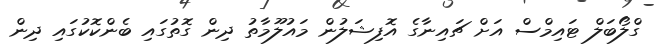
ގްލޯބަލް ޓައިމްސް އަށް ޗައިނާގެ އޮފިޝަލުން މައުލޫމާތު ދިން ގޮތުގައި ބެންކޮކުގައި ދިން